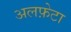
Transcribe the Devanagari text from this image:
अलफ़ेटा